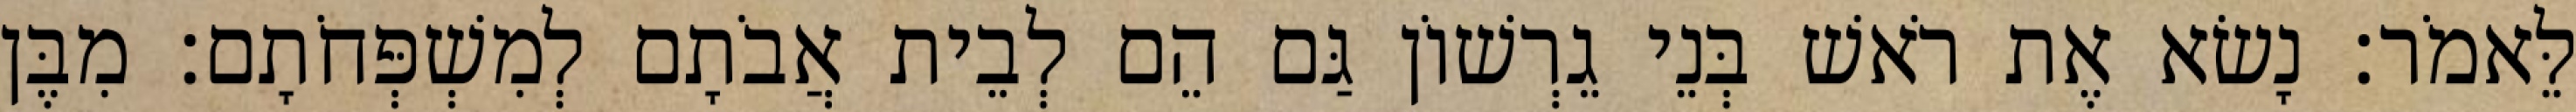
לֵּאמֹר׃ נָשׂא אֶת רֹאשׁ בְּנֵי גֵרְשׁוֹן גַּם הֵם לְבֵית אֲבֹתָם לְמִשְׁפְּחֹתָם׃ מִבֶּן